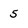
Character: 5